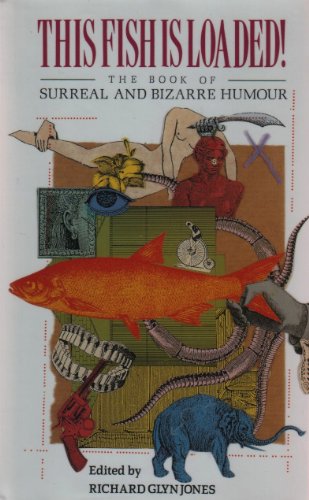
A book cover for This Fish Is Loaded! The Book of Surreal and Bizarre Humour; Humor & Entertainment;